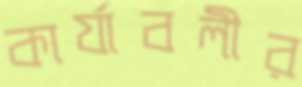
কার্যাবলীর